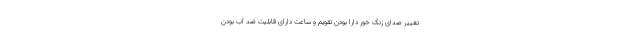
تغییر صدای زنگ خور دارا بودن تقویم و ساعت دارای قابلیت ضد آب بودن